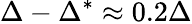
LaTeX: \Delta-\Delta^{*}\approx 0.2\Delta